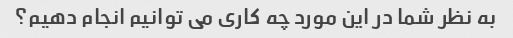
به نظر شما در این مورد چه کاری می توانیم انجام دهیم؟